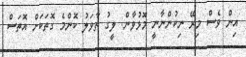
އިން ވެސް މިރޭ ނިކުންނާނީ މޮޅުވާން. ލީގު ތާވަލު ކޮންމެ ގޮތަކަށް އޮތަސް